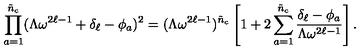
\prod _ { a = 1 } ^ { \tilde { n } _ { c } } ( \Lambda \omega ^ { 2 \ell - 1 } + \delta _ { \ell } - \phi _ { a } ) ^ { 2 } = ( \Lambda \omega ^ { 2 \ell - 1 } ) ^ { \tilde { n } _ { c } } \left[ 1 + 2 \sum _ { a = 1 } ^ { \tilde { n } _ { c } } \frac { \delta _ { \ell } - \phi _ { a } } { \Lambda \omega ^ { 2 \ell - 1 } } \right] .